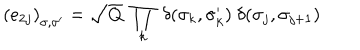
LaTeX: \left( e _ { 2 j } \right) _ { \sigma , \sigma ^ { \prime } } = \sqrt { Q } ~ \prod _ { k } ~ \delta ( \sigma _ { k } , \sigma _ { k } ^ { \prime } ) { } ~ \delta ( \sigma _ { j } , \sigma _ { j + 1 } )